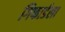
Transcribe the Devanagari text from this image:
गिफार्डला